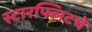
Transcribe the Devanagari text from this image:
स्टारफ्लिटचे